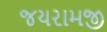
જયરામજી